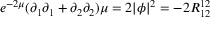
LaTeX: e ^ { - 2 \mu } ( \partial _ { 1 } \partial _ { 1 } + \partial _ { 2 } \partial _ { 2 } ) \mu = 2 | \phi | ^ { 2 } = - 2 R _ { 1 2 } ^ { 1 2 }